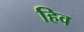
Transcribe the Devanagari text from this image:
हिव